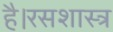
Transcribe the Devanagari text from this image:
है।रसशास्त्र